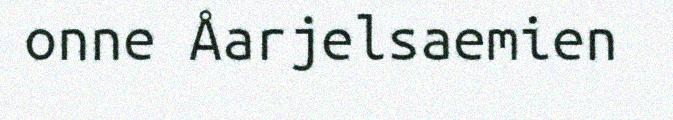
onne Åarjelsaemien